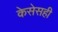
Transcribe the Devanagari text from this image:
केसेसही